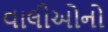
વાલીઓનો